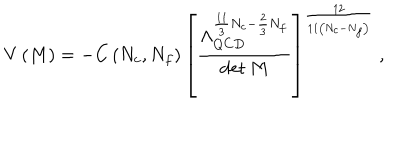
V \left( M \right) = - C \left( N _ { c } , N _ { f } \right) \left[ \frac { \Lambda _ { Q C D } ^ { \frac { 1 1 } { 3 } N _ { c } - \frac { 2 } { 3 } N _ { f } } } { \mathrm { d e t } \, M } \right] ^ { \frac { 1 2 } { 1 1 \left( N _ { c } - N _ { f } \right) } } \ ,